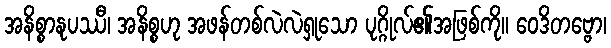
အနိစ္စာနုပဿီ၊ အနိစ္စဟု အဖန်တစ်လဲလဲရှုသော ပုဂ္ဂိုလ်၏အဖြစ်ကို။ ဝေဒိတဗ္ဗော၊